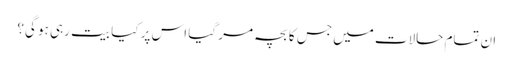
ان تمام حالات میں جس کا بچہ مر گیا اس پر کیا بیت رہی ہو گی؟